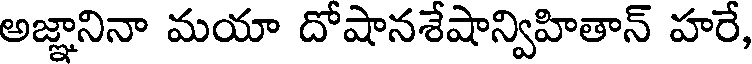
అజ్ఞానినా మయా దోషానశేషాన్విహితాన్ హరే,